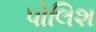
પોલિશ